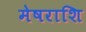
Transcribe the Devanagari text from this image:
मेषराशि